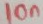
Text: 10n